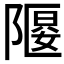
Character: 𲉞